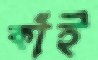
কাঁই